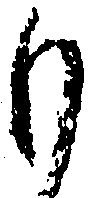
も